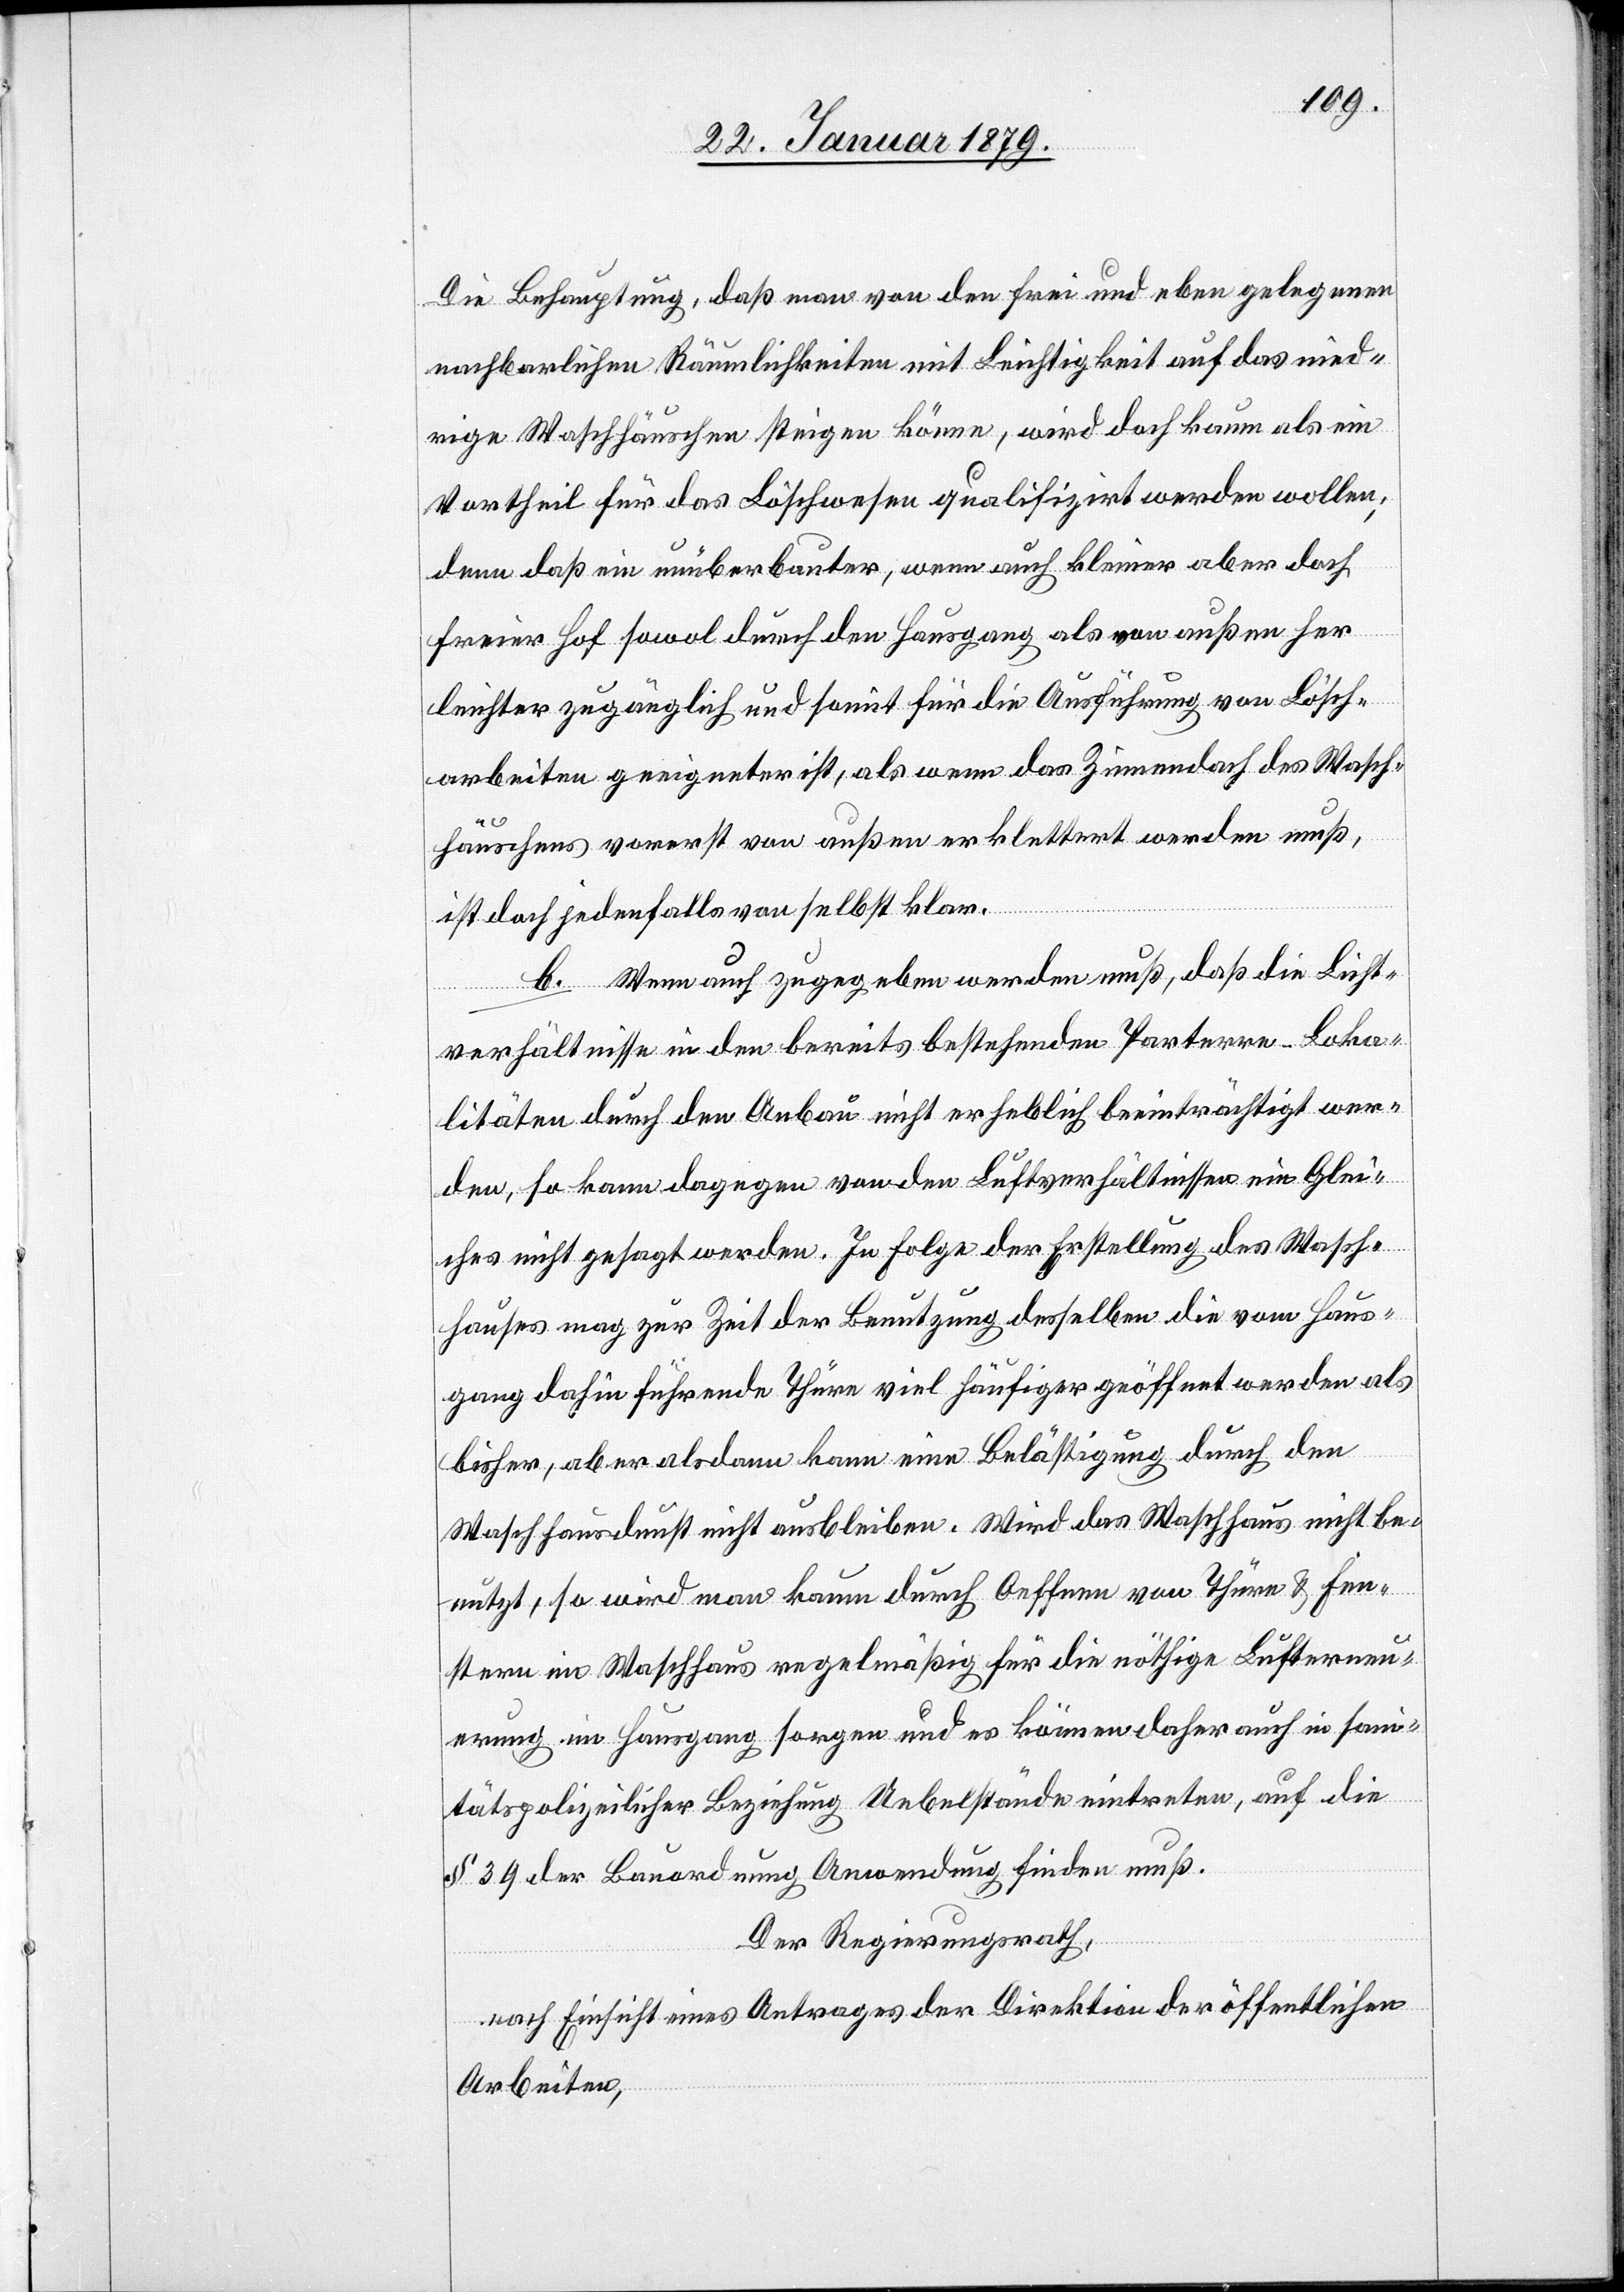
Die Behauptung, daß man von den frei und eben gelegenen
nachbarlichen Räumlichkeiten mit Leichtigkeit auf das nied¬
rige Waschhäuschen steigen könne, wird doch kaum als ein
Vortheil für das Löschwesen qualifizirt werden wollen;
denn daß ein unüberbauter, wenn auch kleiner aber doch
freier Hof sowol durch den Hausgang als von außen her
leichter zugänglich und somit für die Ausführung von Lösch¬
arbeiten geeigneter ist, als wenn das Zinnendach des Wasch¬
häuschens vorerst von außen erklettert werden muß,
ist doch jedenfalls von selbst klar.
b. Wenn auch zugegeben werden muß, daß die Licht¬
verhältnisse in den bereits bestehenden Parterre-Loka¬
litäten durch den Anbau nicht erheblich beeinträchtigt wer¬
den, so kann dagegen von den Luftverhältnissen ein Glei¬
ches nicht gesagt werden. In Folge der Erstellung des Wasch¬
hauses mag zur Zeit der Benutzung desselben die vom Haus¬
gang dahin führende Thüre viel häufiger geöffnet werden als
bisher, aber alsdann kann eine Belästigung durch den
Waschhausdunst nicht ausbleiben. Wird das Waschhaus nicht be¬
nutzt, so wird man kaum durch Oeffnen von Thüre & Fen¬
stern im Waschhaus regelmäßig für die nöthige Lufterneu¬
erung im Hausgang sorgen und es können daher auch in san¬
itätspolizeilicher Beziehung Uebelstände eintreten, auf die
§ 39 der Bauordnung Anwendung finden muß.
Der Regierungsrath,
nach Einsicht eines Antrages der Direktion der öffentlichen
Arbeiten,